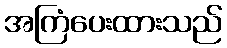
အကြံပေးထားသည်